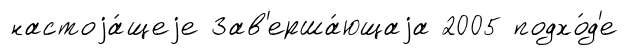
настоjа́щеjе Зав'ерша́ющаjа 2005 подхо́д'е